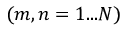
( m , n = 1 . . . N )